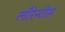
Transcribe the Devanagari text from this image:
लौरेन्टीस